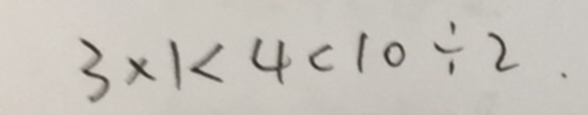
3 \times 1 < 4 < 1 0 \div 2 .